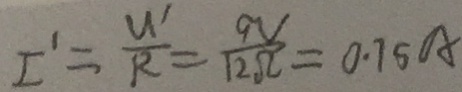
I ^ { \prime } = \frac { U ^ { \prime } } { R } = \frac { 9 V } { 1 2 \Omega } = 0 . 7 5 A